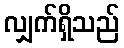
လျှက်ရှိသည်